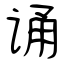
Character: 诵